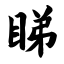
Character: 睇